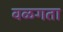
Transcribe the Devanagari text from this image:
वळगता